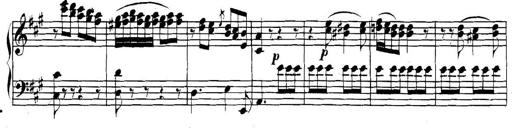
Title: Collected Piano Sonatas
Composer: Muzio Clementi